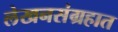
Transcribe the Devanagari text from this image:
लेखनसंग्रहात